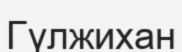
Гүлжихан